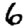
Digit: 6